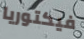
فيكتوريا